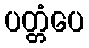
ပတ္တံပေ